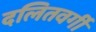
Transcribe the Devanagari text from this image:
दलितवर्गी